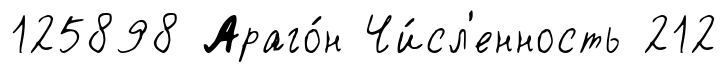
125898 Араго́н Чи́сл'енность 212